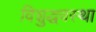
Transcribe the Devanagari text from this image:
विशुद्धवस्था